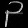
Digit: ၃